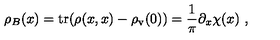
\rho _ { B } ( x ) = \mathrm { t r } ( \rho ( x , x ) - \rho _ { \mathrm { v } } ( 0 ) ) = \frac { 1 } { \pi } \partial _ { x } \chi ( x ) \ ,